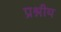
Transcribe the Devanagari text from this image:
प्रश्नीय